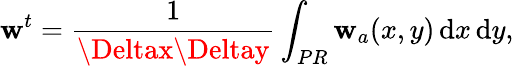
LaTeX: \mathbf{w}^{t}=\frac{{1}}{{\Deltax\Deltay}}\int_{PR}\mathbf{w}_{a}(x,y)\, \mathrm{{d}}x\, \mathrm{{d}}y,